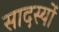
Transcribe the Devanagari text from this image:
सादस्यों